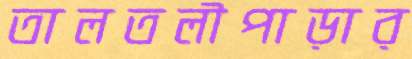
তালতলীপাড়ার